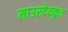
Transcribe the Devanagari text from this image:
माउरदेवकृत